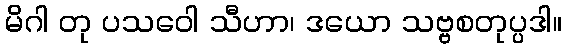
မိဂါ တု ပသဝေါ သီဟာ၊ ဒယော သဗ္ဗစတုပ္ပဒါ။